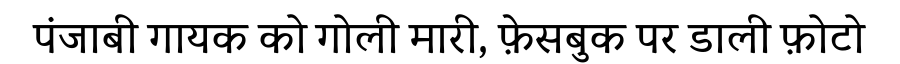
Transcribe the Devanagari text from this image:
पंजाबी गायक को गोली मारी, फ़ेसबुक पर डाली फ़ोटो